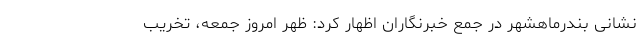
نشانی بندرماهشهر در جمع خبرنگاران اظهار کرد: ظهر امروز جمعه، تخریب